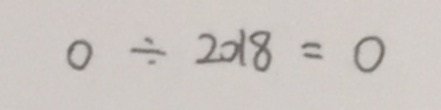
0 \div 2 0 1 8 = 0